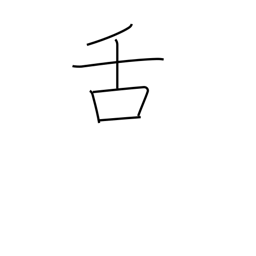
Meaning: tongue